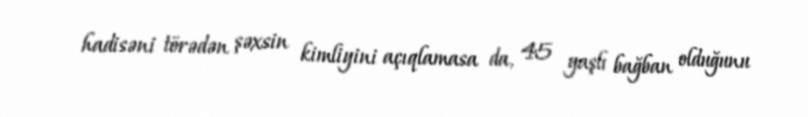
hadisəni törədən şəxsin kimliyini açıqlamasa da, 45 yaşlı bağban olduğunu